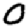
Digit: 0